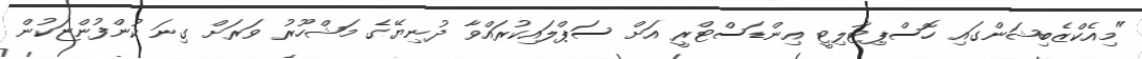
"މިއެކްޒެބިޝަންގައި ހޮސްޕިޓާލިޓީ އިންޑަސްޓްރީ އަށް ސަޕްލައިކުރައްވާ ދުނިޔޭގެ މަޝްހޫރު ވަރަށް ގިނަ ކުންފުންޏަކުން